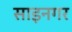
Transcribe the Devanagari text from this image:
साइनगर